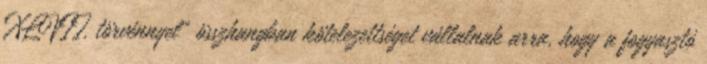
XLVII. törvénnyel” összhangban kötelezettséget vállalnak arra, hogy a fogyasztó